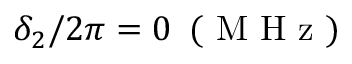
\delta _ { 2 } / 2 \pi = 0 \, \mathrm { ~ ( ~ M ~ H ~ z ~ ) ~ }